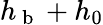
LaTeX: h_{\mathrm{~b~}}+h_{0}